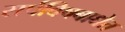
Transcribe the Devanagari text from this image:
सर्पविषबाधेत